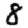
Digit: 8